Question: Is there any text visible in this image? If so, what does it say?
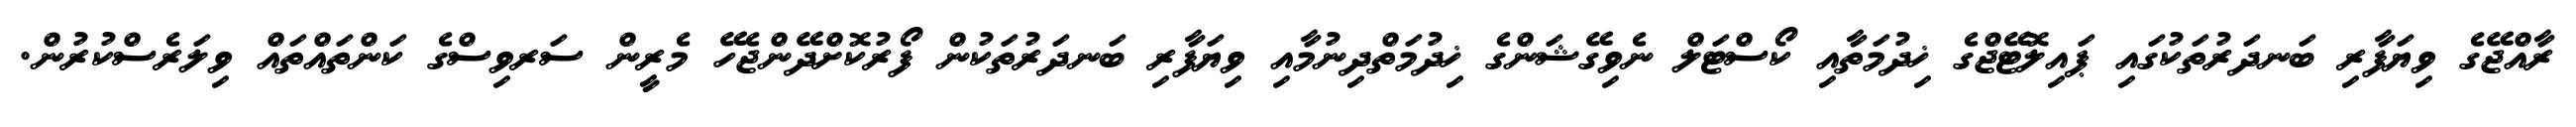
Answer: ރާއްޖޭގެ ވިޔަފާރި ބަނދަރުތަކުގައި ޕައިލޮޓޭޖްގެ ޚިދުމަތާއި ކޯސްޓަލް ނެވިގޭޝަންގެ ޚިދުމަތްދިނުމާއި ވިޔަފާރި ބަނދަރުތަކުން ފޯރުކޮށްދޭންޖެހޭ މެރީން ސަރވިސްގެ ކަންތައްތައް ވިލަރެސްކުރުން.